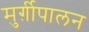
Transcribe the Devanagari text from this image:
मुर्ग़ीपालन